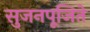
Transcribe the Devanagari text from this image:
सुजनपूजिते